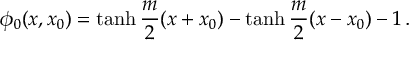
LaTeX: \phi _ { 0 } ( x , x _ { 0 } ) = \operatorname { t a n h } \frac { m } { 2 } ( x + x _ { 0 } ) - \operatorname { t a n h } \frac { m } { 2 } ( x - x _ { 0 } ) - 1 \, .